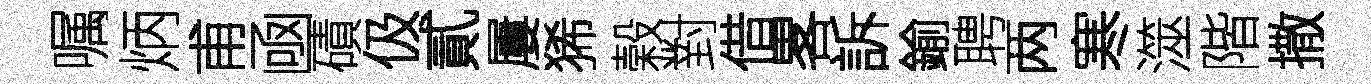
嘱炳甫凾磧伋貳屢狶榖對借畧訴鍮聘两寒澨階撒